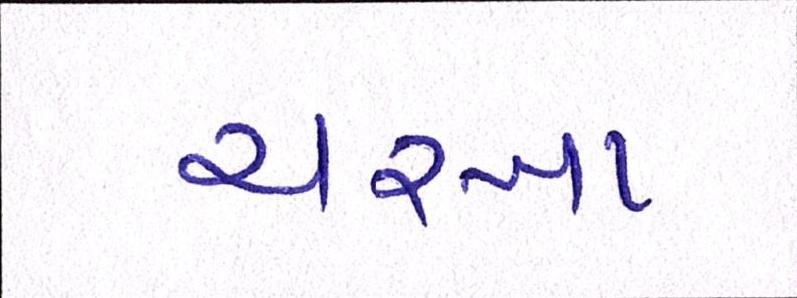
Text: ચરખા